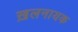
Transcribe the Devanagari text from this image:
ख़लनायक